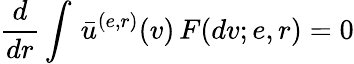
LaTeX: \frac{d}{dr}\int\, \bar{u}^{(e,r)}(v)\, F(dv;e,r)=0